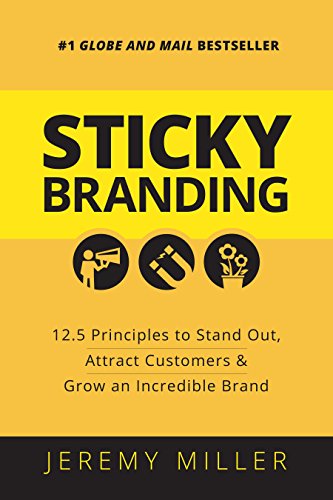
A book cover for Sticky Branding: 12.5 Principles to Stand Out, Attract Customers, and Grow an Incredible Brand; Jeremy Miller; Computers & Technology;